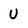
Character: U